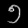
Digit: ၅